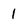
Character: 1